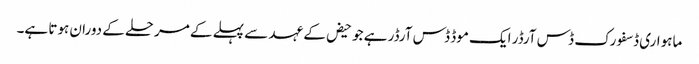
ماہواری ڈسفورک ڈس آرڈر ایک موڈ ڈس آرڈر ہے جو حیض کے عہد سے پہلے کے مرحلے کے دوران ہوتا ہے۔